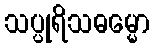
သပ္ပုရိသဓမ္မော